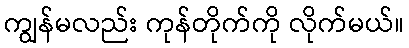
ကျွန်မလည်း ကုန်တိုက်ကို လိုက်မယ်။